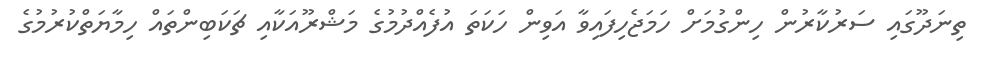
ތިނަދޫގައި ސަރުކާރުން ހިންގުމަށް ހަމަޖެހިފައިވާ އަވިން ހަކަތަ އުފެއްދުމުގެ މަޝްރޫއަކާއި ޗަކަބިންތައް ހިމާޔަތްކުރުމުގެ